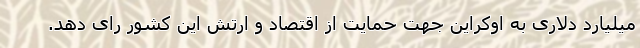
میلیارد دلاری به اوکراین جهت حمایت از اقتصاد و ارتش این کشور رای دهد.